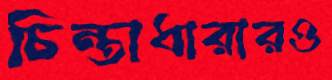
চিন্তাধারারও